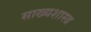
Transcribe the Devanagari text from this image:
साख्यशास्त्र